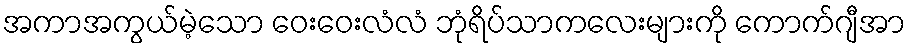
အကာအကွယ်မဲ့သော ဝေးဝေးလံလံ ဘုံရိပ်သာကလေးများကို ကောက်ဂျီအာ